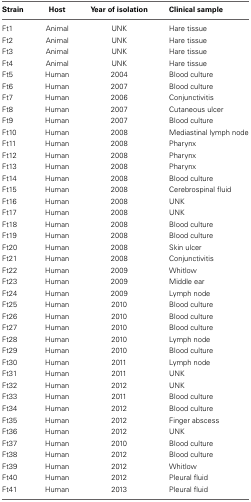
<table><thead><tr><td><b>Strain</b></td><td><b>Host</b></td><td><b>Year of isolation</b></td><td><b>Clinical sample</b></td></tr></thead><tbody><tr><td>Ft1</td><td>Animal</td><td>UNK</td><td>Hare tissue</td></tr><tr><td>Ft2</td><td>Animal</td><td>UNK</td><td>Hare tissue</td></tr><tr><td>Ft3</td><td>Animal</td><td>UNK</td><td>Hare tissue</td></tr><tr><td>Ft4</td><td>Animal</td><td>UNK</td><td>Hare tissue</td></tr><tr><td>Ft5</td><td>Human</td><td>2004</td><td>Blood culture</td></tr><tr><td>Ft6</td><td>Human</td><td>2007</td><td>Blood culture</td></tr><tr><td>Ft7</td><td>Human</td><td>2006</td><td>Conjunctivitis</td></tr><tr><td>Ft8</td><td>Human</td><td>2007</td><td>Cutaneous ulcer</td></tr><tr><td>Ft9</td><td>Human</td><td>2007</td><td>Blood culture</td></tr><tr><td>Ft10</td><td>Human</td><td>2008</td><td>Mediastinal lymph node</td></tr><tr><td>Ft11</td><td>Human</td><td>2008</td><td>Pharynx</td></tr><tr><td>Ft12</td><td>Human</td><td>2008</td><td>Pharynx</td></tr><tr><td>Ft13</td><td>Human</td><td>2008</td><td>Pharynx</td></tr><tr><td>Ft14</td><td>Human</td><td>2008</td><td>Blood culture</td></tr><tr><td>Ft15</td><td>Human</td><td>2008</td><td>Cerebrospinal fluid</td></tr><tr><td>Ft16</td><td>Human</td><td>2008</td><td>UNK</td></tr><tr><td>Ft17</td><td>Human</td><td>2008</td><td>UNK</td></tr><tr><td>Ft18</td><td>Human</td><td>2008</td><td>Blood culture</td></tr><tr><td>Ft19</td><td>Human</td><td>2008</td><td>Blood culture</td></tr><tr><td>Ft20</td><td>Human</td><td>2008</td><td>Skin ulcer</td></tr><tr><td>Ft21</td><td>Human</td><td>2008</td><td>Conjunctivitis</td></tr><tr><td>Ft22</td><td>Human</td><td>2009</td><td>Whitlow</td></tr><tr><td>Ft23</td><td>Human</td><td>2009</td><td>Middle ear</td></tr><tr><td>Ft24</td><td>Human</td><td>2009</td><td>Lymph node</td></tr><tr><td>Ft25</td><td>Human</td><td>2010</td><td>Blood culture</td></tr><tr><td>Ft26</td><td>Human</td><td>2010</td><td>Blood culture</td></tr><tr><td>Ft27</td><td>Human</td><td>2010</td><td>Blood culture</td></tr><tr><td>Ft28</td><td>Human</td><td>2010</td><td>Lymph node</td></tr><tr><td>Ft29</td><td>Human</td><td>2010</td><td>Blood culture</td></tr><tr><td>Ft30</td><td>Human</td><td>2011</td><td>Lymph node</td></tr><tr><td>Ft31</td><td>Human</td><td>2011</td><td>UNK</td></tr><tr><td>Ft32</td><td>Human</td><td>2012</td><td>UNK</td></tr><tr><td>Ft33</td><td>Human</td><td>2011</td><td>Blood culture</td></tr><tr><td>Ft34</td><td>Human</td><td>2012</td><td>Blood culture</td></tr><tr><td>Ft35</td><td>Human</td><td>2012</td><td>Finger abscess</td></tr><tr><td>Ft36</td><td>Human</td><td>2012</td><td>UNK</td></tr><tr><td>Ft37</td><td>Human</td><td>2010</td><td>Blood culture</td></tr><tr><td>Ft38</td><td>Human</td><td>2012</td><td>Blood culture</td></tr><tr><td>Ft39</td><td>Human</td><td>2012</td><td>Whitlow</td></tr><tr><td>Ft40</td><td>Human</td><td>2012</td><td>Pleural fluid</td></tr><tr><td>Ft41</td><td>Human</td><td>2013</td><td>Pleural fluid</td></tr></tbody></table>